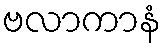
ဗလာကာနံ